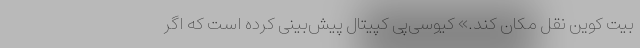
بیت کوین نقل مکان کند.» کیو‌سی‌پی کپیتال پیش‌بینی کرده است که اگر